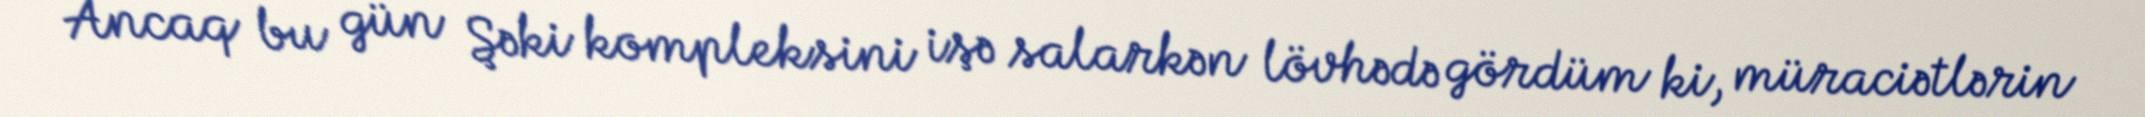
Ancaq bu gün Şəki kompleksini işə salarkən lövhədə gördüm ki, müraciətlərin